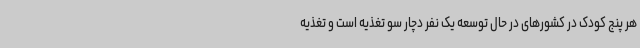
هر پنج کودک در کشورهای در حال توسعه یک نفر دچار سو تغذیه است و تغذیه